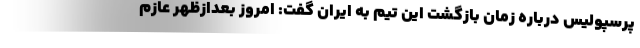
پرسپولیس درباره زمان بازگشت این تیم به ایران گفت: امروز بعدازظهر عازم